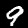
Label: 9